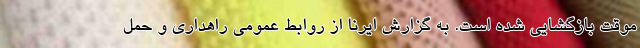
موقت بازگشایی شده است. به گزارش ایرنا از روابط عمومی راهداری و حمل